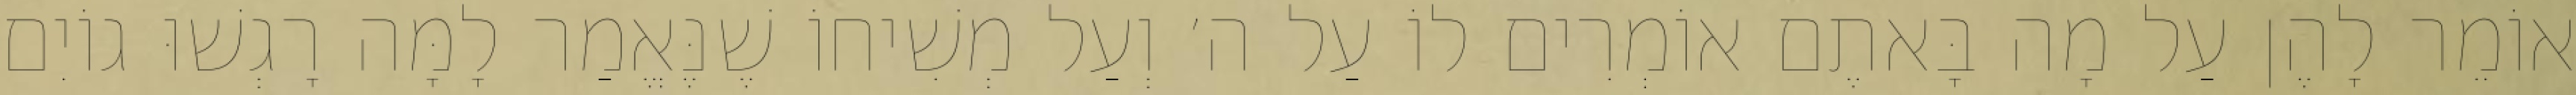
אוֹמֵר לָהֶן עַל מָה בָּאתֶם אוֹמְרִים לוֹ עַל ה׳ וְעַל מְשִׁיחוֹ שֶׁנֶּאֱמַר לָמָּה רָגְשׁוּ גוֹיִם